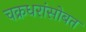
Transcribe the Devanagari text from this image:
चक्रधरांसोबत